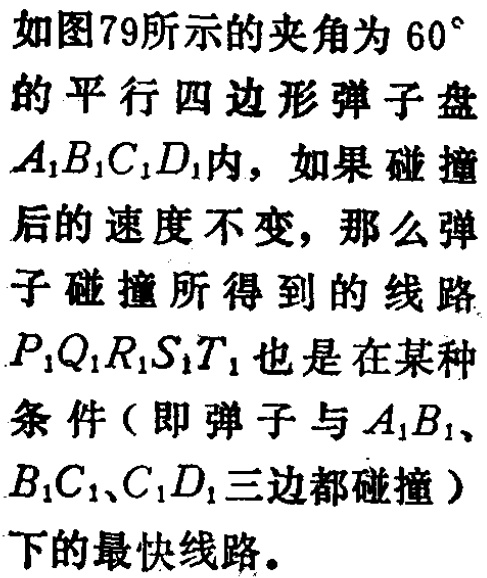
如图79所示的夹角为 \(60^{\circ}\) 的平行四边形弹子盘 \(A_{1}B_{1}C_{1}D_{1}\)内，如果碰撞后的速度不变，那么弹子碰撞所得到的线路 \(P_{1}Q_{1}R_{1}S_{1}T_{1}\) 也是在某种条件（即弹子与 \(A_{1}B_{1}\)、\(B_{1}C_{1}\)、\(C_{1}D_{1}\)三边都碰撞）下的最快线路。